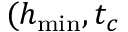
( h _ { \operatorname* { m i n } } , t _ { c }